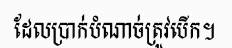
ដែលប្រាក់បំណាច់ត្រូវបើក។